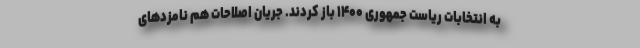
به انتخابات ریاست جمهوری ۱۴۰۰ باز کردند. جریان اصلاحات هم نامزد‌های